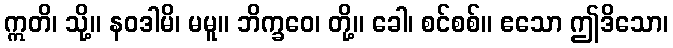
ဣတိ၊ သို့။ နဝဒါမိ၊ မမူ။ ဘိက္ခဝေ၊ တို့။ ခေါ၊ စင်စစ်။ ဧသော ဤဒိသော၊